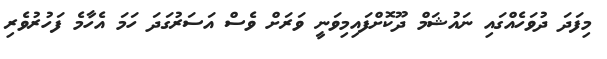
މިފަދަ ދުވަހެއްގައި ނައުޝަމް ދޫކޮށްފައިމިވަނީ ވަރަށް ވެސް އަސަރުގަދަ ހަމަ އެހާމެ ފަހުރުވެރި